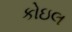
કોઇલ